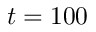
t = 1 0 0